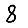
Digit: 8